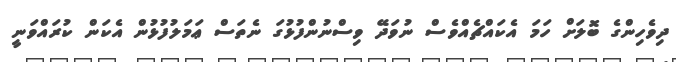
ދިވެހިންގެ ބޮލަށް ހަމަ އެކައްޗެއްވެސް ނުވަދޭ ވިސްނުންފުޅުގަ ނެތަސް ޢަމަލުފުޅުން އެކަން ކުރައްވަނީ